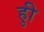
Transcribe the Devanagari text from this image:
हुी